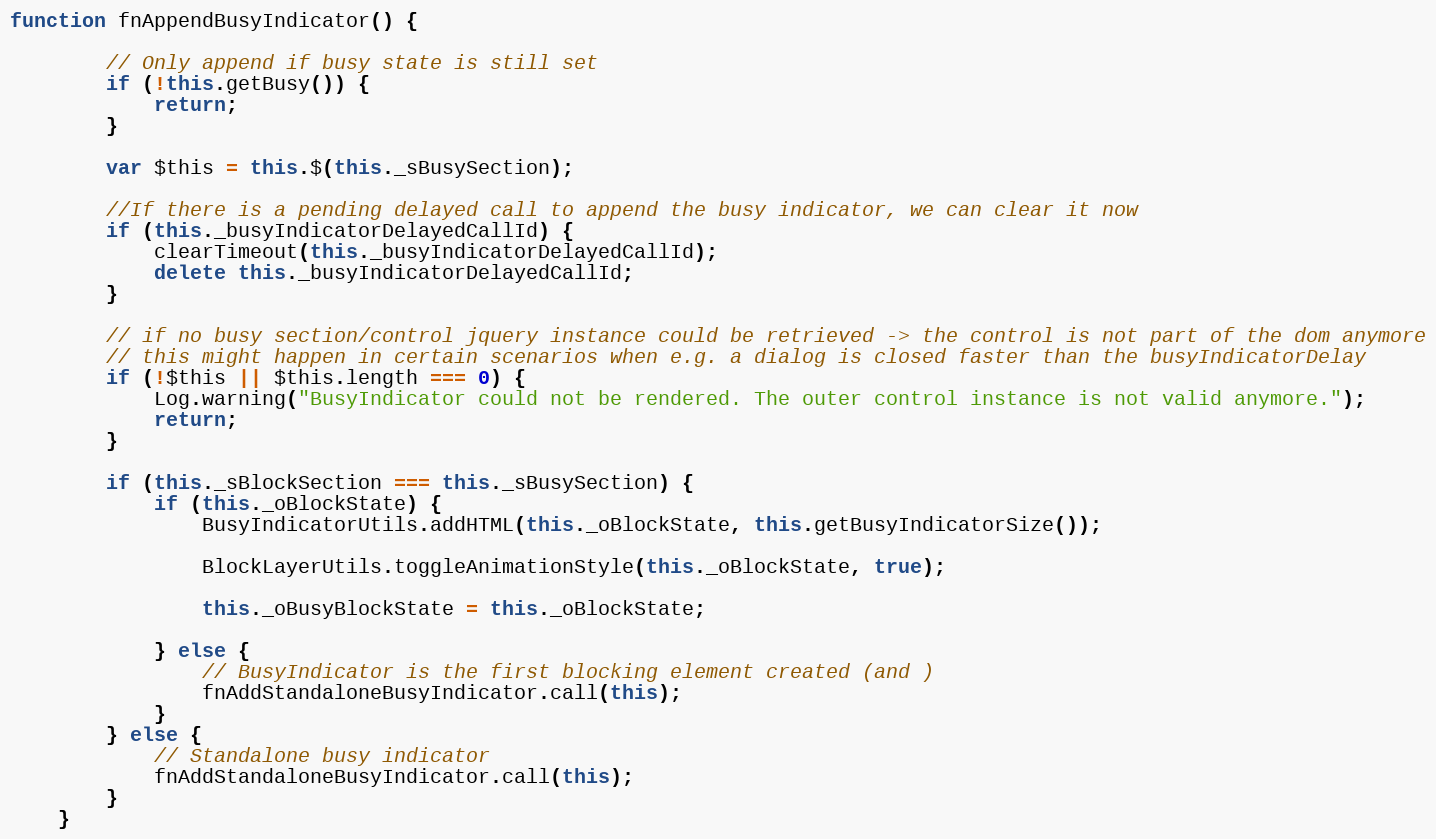
Language: JavaScript
function fnAppendBusyIndicator() {

		// Only append if busy state is still set
		if (!this.getBusy()) {
			return;
		}

		var $this = this.$(this._sBusySection);

		//If there is a pending delayed call to append the busy indicator, we can clear it now
		if (this._busyIndicatorDelayedCallId) {
			clearTimeout(this._busyIndicatorDelayedCallId);
			delete this._busyIndicatorDelayedCallId;
		}

		// if no busy section/control jquery instance could be retrieved -> the control is not part of the dom anymore
		// this might happen in certain scenarios when e.g. a dialog is closed faster than the busyIndicatorDelay
		if (!$this || $this.length === 0) {
			Log.warning("BusyIndicator could not be rendered. The outer control instance is not valid anymore.");
			return;
		}

		if (this._sBlockSection === this._sBusySection) {
			if (this._oBlockState) {
				BusyIndicatorUtils.addHTML(this._oBlockState, this.getBusyIndicatorSize());

				BlockLayerUtils.toggleAnimationStyle(this._oBlockState, true);

				this._oBusyBlockState = this._oBlockState;

			} else {
				// BusyIndicator is the first blocking element created (and )
				fnAddStandaloneBusyIndicator.call(this);
			}
		} else {
			// Standalone busy indicator
			fnAddStandaloneBusyIndicator.call(this);
		}
	}